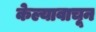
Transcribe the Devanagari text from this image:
केल्यावाचून